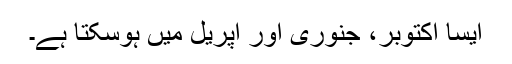
ایسا اکتوبر، جنوری اور اپریل میں ہوسکتا ہے۔